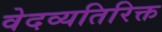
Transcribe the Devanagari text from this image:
वेदव्यतिरिक्त